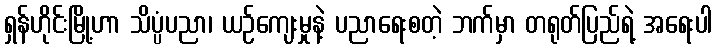
ရှန်ဟိုင်းမြို့ဟာ သိပ္ပံပညာ၊ ယဉ်ကျေးမှုနဲ့ ပညာရေးစတဲ့ ဘက်မှာ တရုတ်ပြည်ရဲ့ အရေးပါ